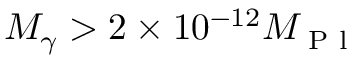
M _ { \gamma } > 2 \times 1 0 ^ { - 1 2 } M _ { \textrm { P l } }